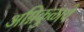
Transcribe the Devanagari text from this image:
अग्निकुळाचे